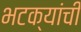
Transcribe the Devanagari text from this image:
भटक्यांची